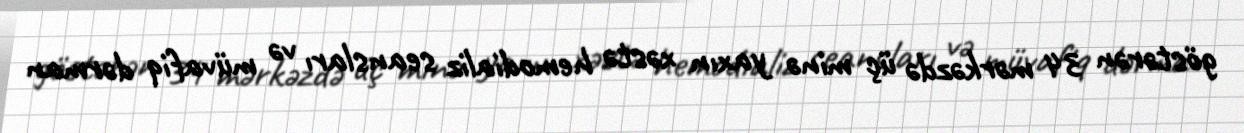
göstərən 34 mərkəzdə üç minə yaxın xəstə hemodializ seansları və müvafiq dərman